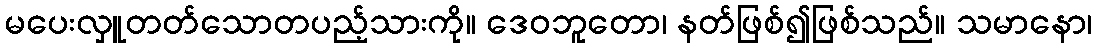
မပေးလှူတတ်သောတပည့်သားကို။ ဒေဝဘူတော၊ နတ်ဖြစ်၍ဖြစ်သည်။ သမာနော၊